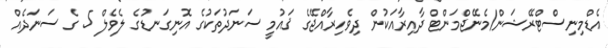
އެޑްމިނިސްޓްރޭޝަން/މެނޭޖްމަންޓް ދާއިރާއަކުން ދިވެހިރާއްޖޭގެ ޤައުމީ ސަނަދުތަކުގެ އޮނިގަނޑުގެ ލެވެލް 5 ގެ ސަނަދެއް